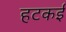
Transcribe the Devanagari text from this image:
हटकई